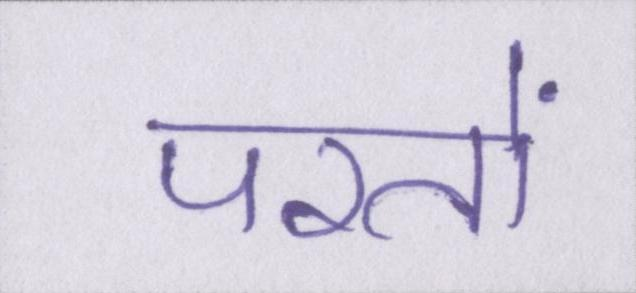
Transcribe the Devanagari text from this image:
परतों